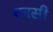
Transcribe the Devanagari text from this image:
बनसी